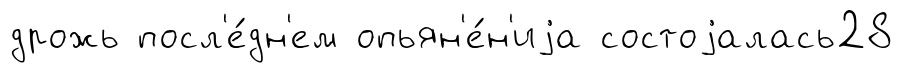
дрожь посл'е́дн'ем опьян'е́н'иjа состоjалась28